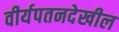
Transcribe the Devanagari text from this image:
वीर्यपतनदेखील